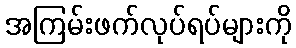
အကြမ်းဖက်လုပ်ရပ်များကို